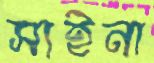
সাইনা